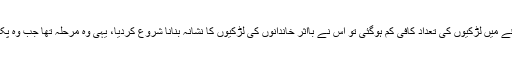
جب علاقے میں لڑکیوں کی تعداد کافی کم ہوگئی تو اس نے بااثر خاندانوں کی لڑکیوں کا نشانہ بنانا شروع کردیا، یہی وہ مرحلہ تھا جب وہ پکڑی گئی۔